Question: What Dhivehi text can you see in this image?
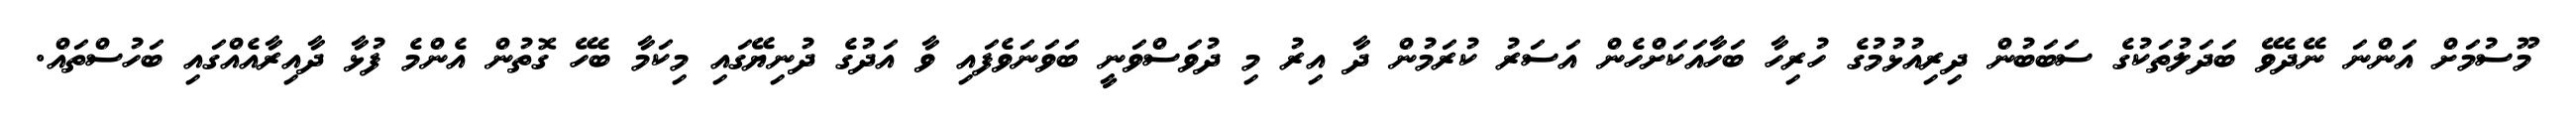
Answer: މޫސުމަށް އަންނަ ނޭދެވޭ ބަދަލުތަކުގެ ސަބަބުން ދިރިއުޅުމުގެ ހުރިހާ ބަހާއަކަށްހެން އަސަރު ކުރަމުން ދާ އިރު މި ދުވަސްވަނީ ބަވަނަވެފައި ވާ އަދުގެ ދުނިޔޭގައި މިކަމާ ބެހޭ ގޮތުން އެންމެ ފުޅާ ދާއިރާއެއްގައި ބަހުސްތައް.